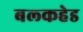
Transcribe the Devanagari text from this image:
बल्‍कहेड